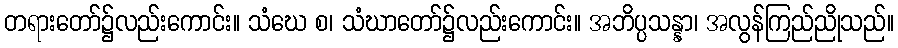
တရားတော်၌လည်းကောင်း။ သံဃေ စ၊ သံဃာတော်၌လည်းကောင်း။ အဘိပ္ပသန္နာ၊ အလွန်ကြည်ညိုသည်။